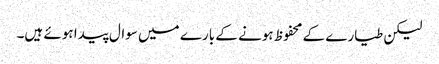
لیکن طیارے کے محفوظ ہونے کے بارے میں سوال پیدا ہوئے ہیں۔